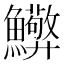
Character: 𮬘